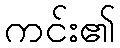
ကင်း၏